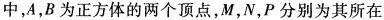
中，A，B为正方体的两个顶点，M，N，P分别为其所在